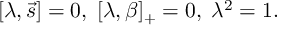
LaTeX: [ \lambda , \vec { s } ] = 0 , \; [ \lambda , \beta ] _ { + } = 0 , \; \lambda ^ { 2 } = 1 .